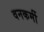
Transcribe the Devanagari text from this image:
वनकर्मी